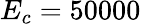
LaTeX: E_{c}=50000